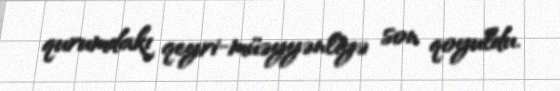
qurumdakı qeyri-müəyyənliyə son qoyuldu.